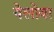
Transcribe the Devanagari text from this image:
येलोवा